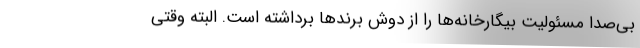
بی‌صدا مسئولیت بیگارخانه‌ها را از دوش برندها برداشته است. البته وقتی